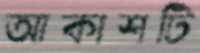
আকাশটি